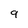
Character: 9